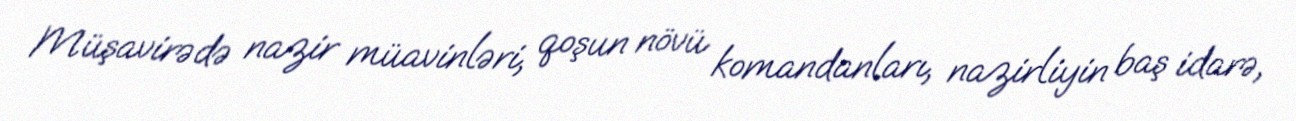
Müşavirədə nazir müavinləri, qoşun növü komandanları, nazirliyin baş idarə,